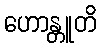
ဟောန္တူတိ